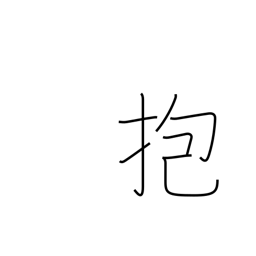
Meaning: embrace